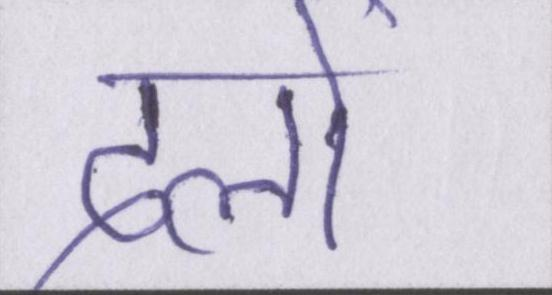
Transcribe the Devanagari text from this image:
दलों